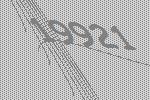
19921